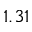
1 . 3 1